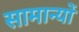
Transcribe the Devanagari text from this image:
सामान्यों